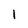
Character: 1